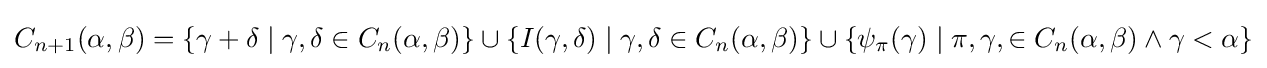
C_{n+1}(\alpha ,\beta )=\{\gamma +\delta \mid \gamma ,\delta \in C_{n}(\alpha ,\beta )\}\cup \{I(\gamma ,\delta )\mid \gamma ,\delta \in C_{n}(\alpha ,\beta )\}\cup \{\psi _{\pi }(\gamma )\mid \pi ,\gamma ,\in C_{n}(\alpha ,\beta )\land \gamma <\alpha \}